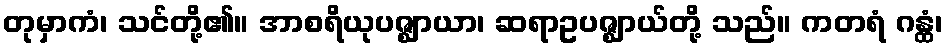
တုမှာကံ၊ သင်တို့၏။ အာစရိယုပဇ္ဈာယာ၊ ဆရာဥပဇ္ဈာယ်တို့ သည်။ ကတရံ ဂန္ထံ၊